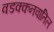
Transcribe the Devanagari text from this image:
वडक्कनवातिल